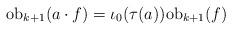
LaTeX: \begin{align*}\mathrm{ob}_{k+1}(a\cdot f) = \iota_0(\tau(a))\mathrm{ob}_{k+1}(f) \end{align*}